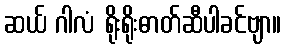
ဆယ် ဂါလံ ရိုးရိုးဓာတ်ဆီပါခင်ဗျာ။